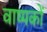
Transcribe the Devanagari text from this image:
वाष्पकों